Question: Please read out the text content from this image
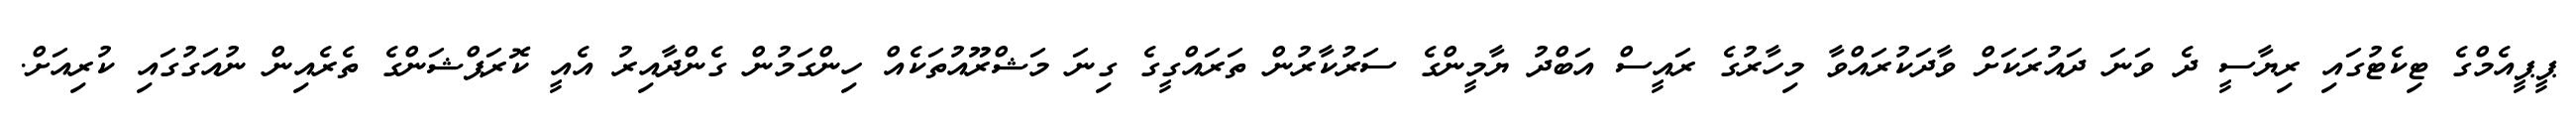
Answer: ޕީޕީއެމްގެ ޓިކެޓުގައި ރިޔާސީ ދެ ވަނަ ދައުރަކަށް ވާދަކުރައްވާ މިހާރުގެ ރައީސް އަބްދު ޔާމީންގެ ސަރުކާރުން ތަރައްގީގެ ގިނަ މަޝްރޫއުތަކެއް ހިންގަމުން ގެންދާއިރު އެއީ ކޮރަޕްޝަންގެ ތެރެއިން ނުއަގުގައި ކުރިއަށް.